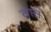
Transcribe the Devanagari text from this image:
तप्तां